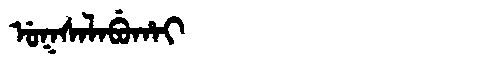
Manchu: ᡠᡴᠰᠠᠯᠠᠪᡠᡥᠠᡳ
Romanization: UKSALABUHAI